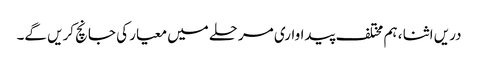
دریں اثنا ، ہم مختلف پیداواری مرحلے میں معیار کی جانچ کریں گے۔